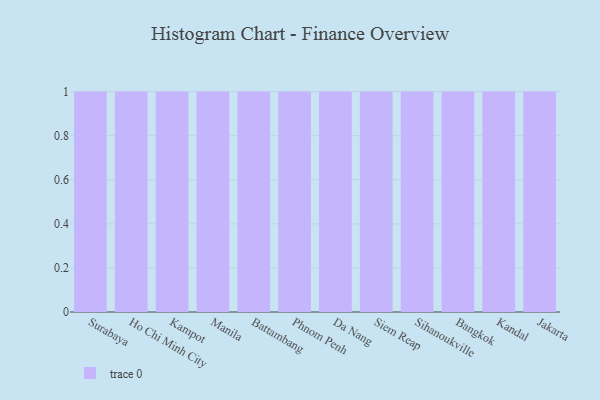
{"axis": {"x": "City", "y": "Budget (USD K)"}, "legend": [""], "data": [{"x": "Surabaya", "y": 5, "type": ""}, {"x": "Ho Chi Minh City", "y": 59, "type": ""}, {"x": "Kampot", "y": 80, "type": ""}, {"x": "Manila", "y": 42, "type": ""}, {"x": "Battambang", "y": 76, "type": ""}, {"x": "Phnom Penh", "y": 12, "type": ""}, {"x": "Da Nang", "y": 54, "type": ""}, {"x": "Siem Reap", "y": 70, "type": ""}, {"x": "Sihanoukville", "y": 49, "type": ""}, {"x": "Bangkok", "y": 56, "type": ""}, {"x": "Kandal", "y": 88, "type": ""}, {"x": "Jakarta", "y": 6, "type": ""}]}